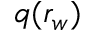
q ( r _ { w } )